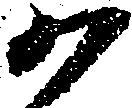
か